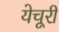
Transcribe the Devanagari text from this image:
येचूरी